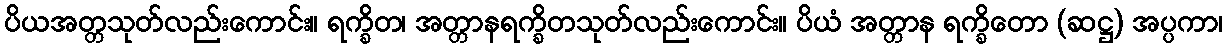
ပိယအတ္တသုတ်လည်းကောင်း။ ရက္ခိတ၊ အတ္တာနရက္ခိတသုတ်လည်းကောင်း။ ပိယံ အတ္တာန ရက္ခိတော (ဆဋ္ဌ) အပ္ပကာ၊